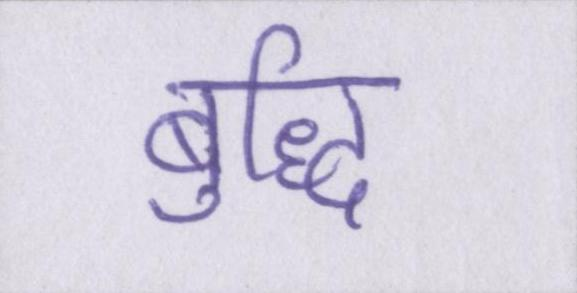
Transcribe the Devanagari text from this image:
बुद्धि